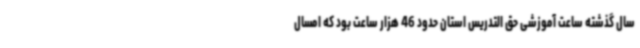
سال گذشته ساعت آموزشی حق التدریس استان حدود 46 هزار ساعت بود که امسال